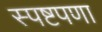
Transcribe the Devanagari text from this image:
स्पष्टपणा